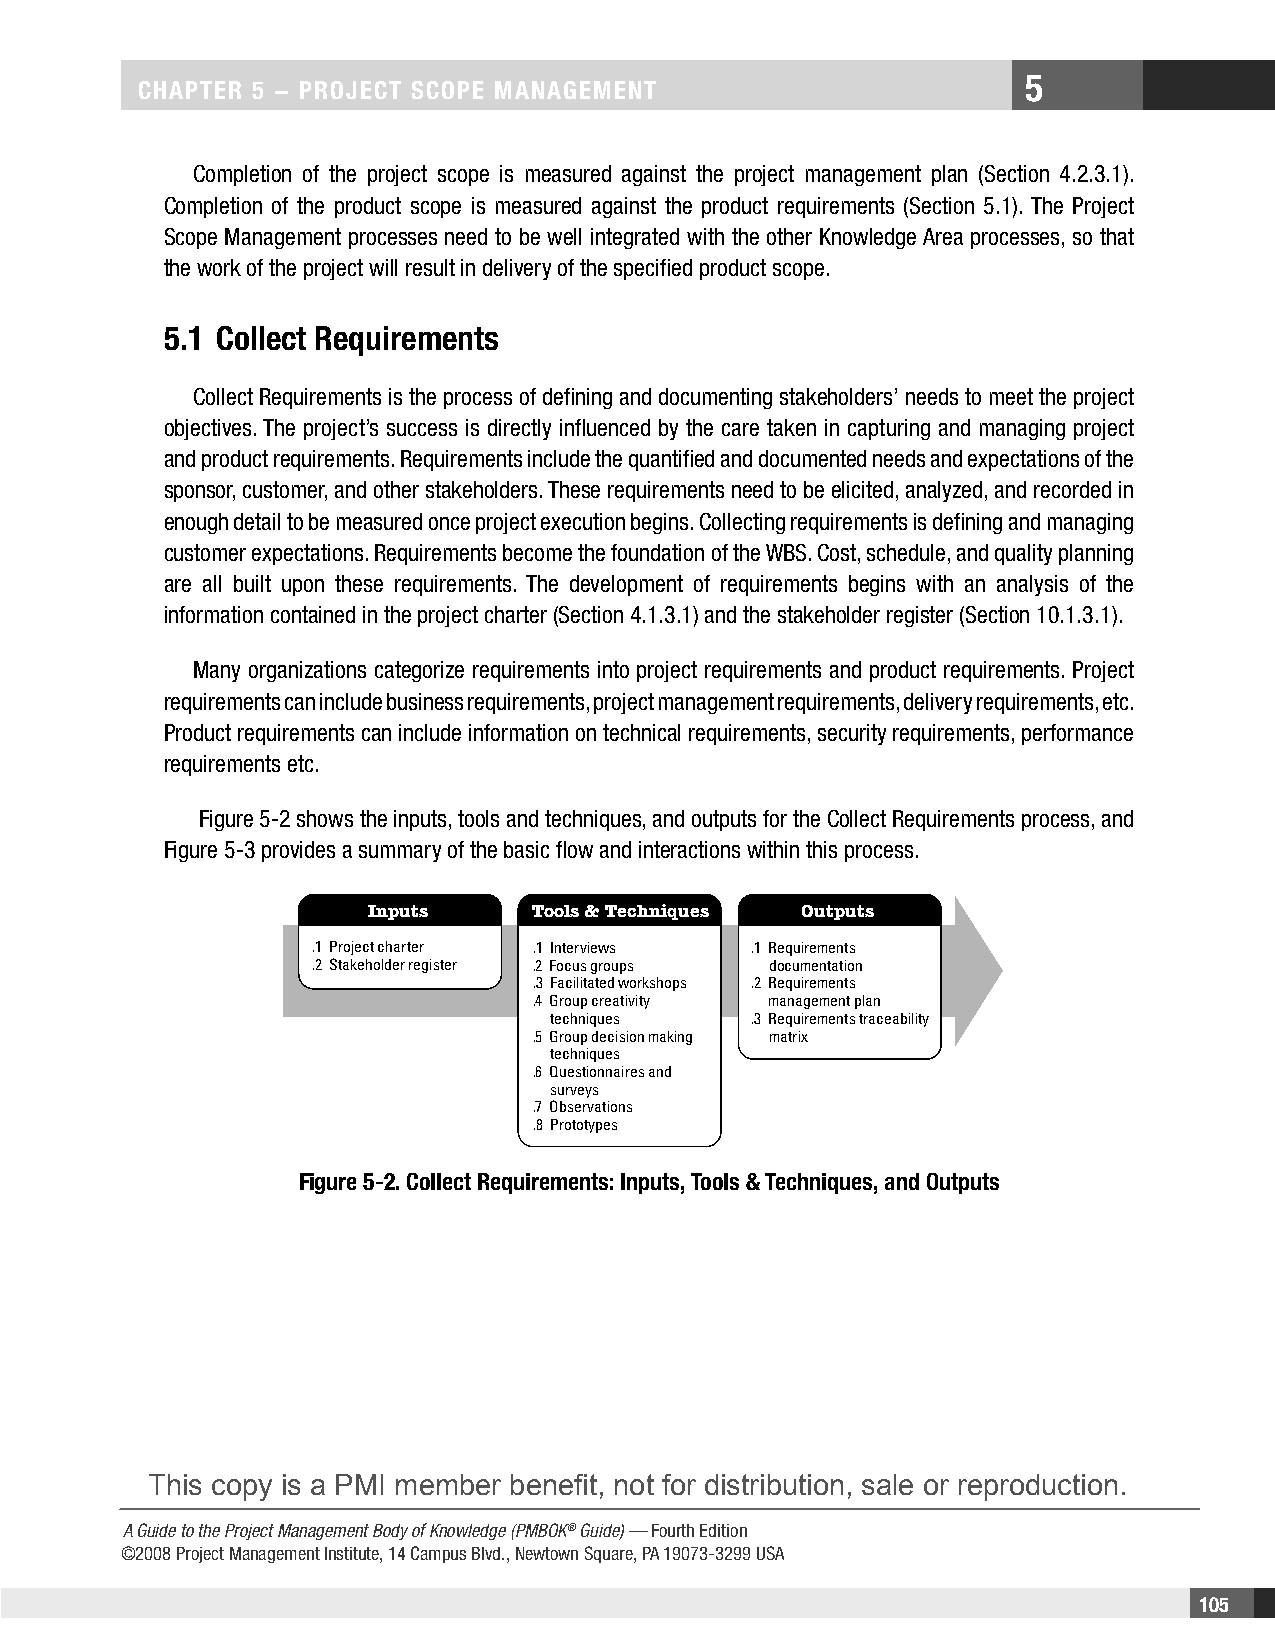
5
 CHAPTER 5 − PROjECT SCOPE MAnAgEMEnT
 Completion of the project scope is measured against the project management plan (Section 4.2.3.1).
 Completion of the product scope is measured against the product requirements (Section 5.1). The Project
 Scope Management processes need to be well integrated with the other Knowledge Area processes, so that
 the work of the project will result in delivery of the specified product scope.
 5.1 Collect Requirements
 Collect Requirements is the process of defining and documenting stakeholders’ needs to meet the project
 objectives. The project’s success is directly influenced by the care taken in capturing and managing project
 and product requirements. Requirements include the quantified and documented needs and expectations of the
 sponsor, customer, and other stakeholders. These requirements need to be elicited, analyzed, and recorded in
 enough detail to be measured once project execution begins. Collecting requirements is defining and managing
 customer expectations. Requirements become the foundation of the WBS. Cost, schedule, and quality planning
 are all built upon these requirements. The development of requirements begins with an analysis of the
 information contained in the project charter (Section 4.1.3.1) and the stakeholder register (Section 10.1.3.1).
 Many organizations categorize requirements into project requirements and product requirements. Project
 requirements can include business requirements, project management requirements, delivery requirements, etc.
 Product requirements can include information on technical requirements, security requirements, performance
 requirements etc.
 Figure 5-2 shows the inputs, tools and techniques, and outputs for the Collect Requirements process, and
 Figure 5-3 provides a summary of the basic flow and interactions within this process.
 Inputs    Tools & Techniques Outputs
 .1 Project charter .1 Interviews .1 Requirements
 .2 Stakeholder register .2 Focus groups documentation
 .3 Facilitated workshops .2 Requirements
 .4 Group creativity management plan
 techniques   .3 Requirements traceability
 .5 Group decision making matrix
 techniques
 .6 Questionnaires and
 surveys
 .7 Observations
 .8 Prototypes
 Figure 5-2. Collect Requirements: Inputs, Tools & Techniques, and Outputs
 This copy is a PMI member benefit, not for distribution, sale or reproduction.
 A Guide to the Project Management Body of Knowledge (PMBOK® Guide) — Fourth Edition
 ©2008 Project Management Institute, 14 Campus Blvd., Newtown Square, PA 19073-3299 USA
 105